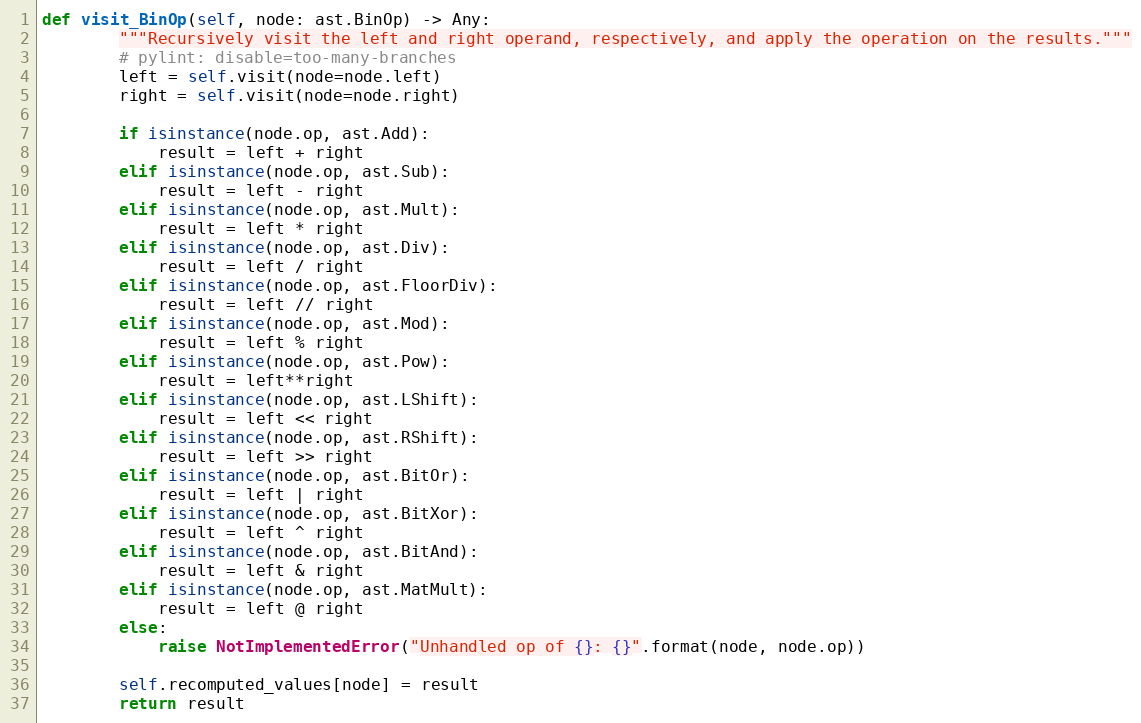
Language: Python
def visit_BinOp(self, node: ast.BinOp) -> Any:
        """Recursively visit the left and right operand, respectively, and apply the operation on the results."""
        # pylint: disable=too-many-branches
        left = self.visit(node=node.left)
        right = self.visit(node=node.right)

        if isinstance(node.op, ast.Add):
            result = left + right
        elif isinstance(node.op, ast.Sub):
            result = left - right
        elif isinstance(node.op, ast.Mult):
            result = left * right
        elif isinstance(node.op, ast.Div):
            result = left / right
        elif isinstance(node.op, ast.FloorDiv):
            result = left // right
        elif isinstance(node.op, ast.Mod):
            result = left % right
        elif isinstance(node.op, ast.Pow):
            result = left**right
        elif isinstance(node.op, ast.LShift):
            result = left << right
        elif isinstance(node.op, ast.RShift):
            result = left >> right
        elif isinstance(node.op, ast.BitOr):
            result = left | right
        elif isinstance(node.op, ast.BitXor):
            result = left ^ right
        elif isinstance(node.op, ast.BitAnd):
            result = left & right
        elif isinstance(node.op, ast.MatMult):
            result = left @ right
        else:
            raise NotImplementedError("Unhandled op of {}: {}".format(node, node.op))

        self.recomputed_values[node] = result
        return result